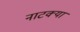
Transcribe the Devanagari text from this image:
नाटक्या